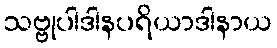
သဗ္ဗုပါဒါနပရိယာဒါနာယ